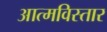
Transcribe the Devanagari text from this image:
आत्मविस्तार